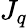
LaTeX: J_{q}